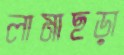
লামাছড়া